Report of the Indian Hemp Drugs Commission, 1894-1895 - Volume VI
Year: 1894
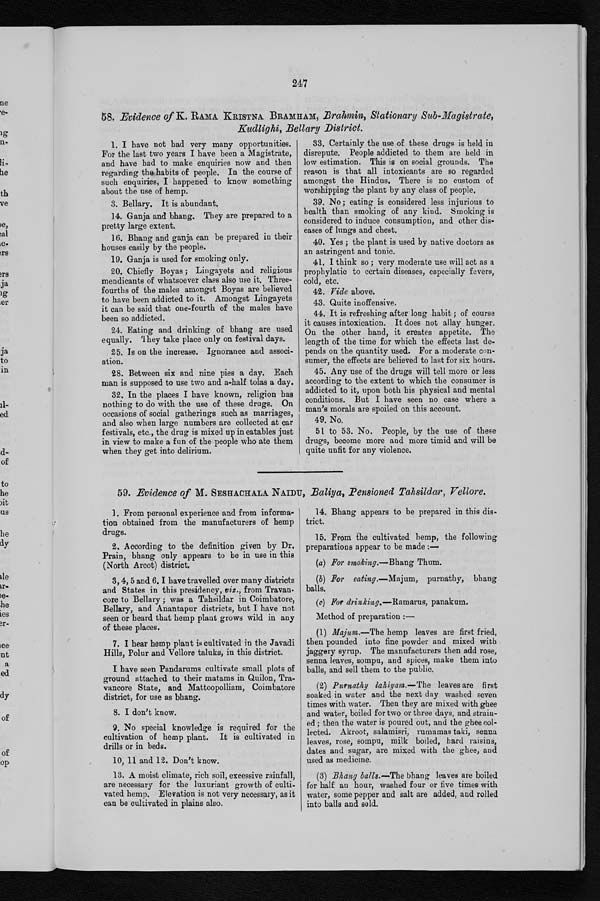
247
58. Evidence of K. RAMA KRISTNA BRAMHAM, Brahmin, Stationary Sub-Magistrate,
Kudlighi, Bellary District.
1. I have not had very many opportunities.
For the last two years I have been a Magistrate,
and have bad to make enquiries now and then
regarding the habits of people. In the course of
such enquiries, I happened to know something
about the use of hemp.
3. Bellary. It is abundant.
14. Ganja and bhang. They are prepared to a
pretty large extent.
16. Bhang and ganja can be prepared in their
houses easily by the people.
19. Ganja is used for smoking only.
20. Chiefly Boyas ; Lingayets and religious
mendicants of whatsoever class also use it. Three-
fourths of the males amongst Boyas are believed
to have been addicted to it. Amongst Lingayets
it can be said that one-fourth of the males have
been so addicted.
24. Eating and drinking of bhang are used
equally. They take place only on festival days.
25. Is on the increase. Ignorance and associ-
ation.
28. Between six and nine pies a day. Each
man is supposed to use two and a-half Colas a day.
32. In the places I have known, religion has
nothing to do with the use of these drugs. On
occasions of social gatherings such as marriages,
and also when large numbers are collected at car
festivals, etc., the drug is mixed up in eatables just
in view to make a fun of the people who ate them
when they get into delirium.
33. Certainly the use of these drugs is held in
disrepute. People addicted to them are held in
low estimation. This is on social grounds. The
reason is that all intoxicants are so regarded
amongst the Hindus. There is no custom of
worshipping the plant by any class of people.
39. No; eating is considered less injurious to
health than smoking of any kind. Smoking is
considered to induce consumption, and other dis-
eases of lungs and chest.
40. Yes ; the plant is used by native doctors as
an astringent and tonic.
41. I think so ; very moderate use will act as a
prophylatic to certain diseases, especially fevers,
cold, etc.
42. Vide above.
43. Quite inoffensive.
44. It is refreshing after long habit ; of course
it causes intoxication. It does not allay hunger.
On the other hand, it creates appetite. The
length of the time for which the effects last de-
pends on the quantity used. For a moderate con-
sumer, the effects are believed to last for six hours.
45. Any use of the drugs will tell more or less
according to the extent to which the consumer is
addicted to it, upon both his physical and mental
conditions. But I have seen no case where a
man's morals are spoiled on this account.
49. No.
51 to 53. No. People, by the use of these
drugs, become more and more timid and will be
quite unfit for any violence.
59. Evidence of M. SESHACHALA NAIDU, Baliya, Pensioned Tahsildar, Vellore.
1. From personal experience and from informa-
tion obtained from the manufacturers of hemp
drugs.
2. According to the definition given by Dr.
Prain, bhang only appears to be in use in this
(North Arcot) district.
3, 4, 5 and 6. I have travelled over many districts
and States in this presidency, viz., from Travan.
core to Bellary ; was a Tahsildar in Coimbatore,
Bellary, and Anantapur districts, but I have not
seen or heard that hemp plant grows wild in any
of these places.
7. I hear hemp plant is cultivated in the Javadi
Hills, Polur and Vellore taluks, in this district.
I have seen Pandarums cultivate small plots of
ground attached to their matams in Quilon, Tra-
vancore State, and Mattoopolliam, Coimbatore
district, for use as bhang.
8 . I d o n ' t k n o w .
9. No special knowledge is required for the
cultivation of hemp plant. It is cultivated in
drills or in beds.
10, 11 and 12. Don't know.
13. A moist climate, rich soil, excessive rainfall,
are necessary for the luxuriant growth of culti-
vated hemp. Elevation is not very necessary, as it
can be cultivated in plains also.
14. Bhang appears to be prepared in this dis-
trict.
15. From the cultivated hemp, the following
preparations appear to be made
(a) For smoking.—Bhang Thum.
(b) For eating.—Majum, purnathy, bhang
balls.
(c) For drinking.—Ramarus, panakum.
Method of preparation : —
(1) Majum.—The hemp leaves are first fried,
then pounded into fine powder and mixed with
jaggery syrup. The manufacturers then add rose,
senna leaves, sompu, and spices, make them into
balls, and sell them to the public,
(2) Purnathy lahiyam.— The leaves are first
soaked in water and the next day washed seven
times with water. Then they are mixed with ghee
and water, boiled for two or three days, and strain-
ed ; then the water is poured out, and the ghee col-
lected. Akroot, salamisri, rumamas taki, senna
leaves, rose, sompu, milk boiled, hard raisins,
dates and sugar, are mixed with the ghee, and
used as medicine.
(3) Bhang balls.— The bhang leaves are boiled
for half an hour, washed four or five times with
water, some pepper and salt are added, and rolled
into balls and sold.